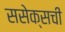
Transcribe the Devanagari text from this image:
ससेक्सची